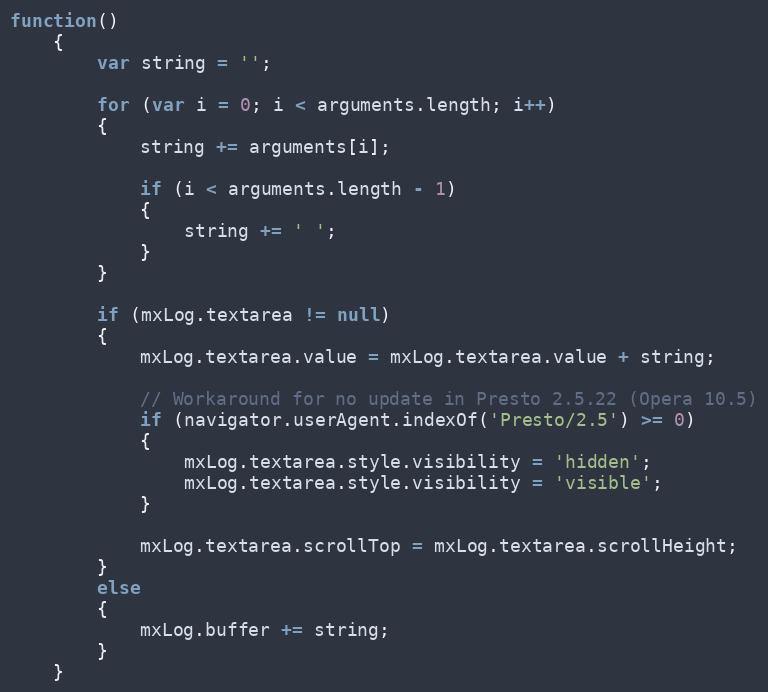
Language: JavaScript
function()
	{
		var string = '';

		for (var i = 0; i < arguments.length; i++)
		{
			string += arguments[i];

			if (i < arguments.length - 1)
			{
				string += ' ';
			}
		}

		if (mxLog.textarea != null)
		{
			mxLog.textarea.value = mxLog.textarea.value + string;

			// Workaround for no update in Presto 2.5.22 (Opera 10.5)
			if (navigator.userAgent.indexOf('Presto/2.5') >= 0)
			{
				mxLog.textarea.style.visibility = 'hidden';
				mxLog.textarea.style.visibility = 'visible';
			}

			mxLog.textarea.scrollTop = mxLog.textarea.scrollHeight;
		}
		else
		{
			mxLog.buffer += string;
		}
	}